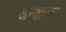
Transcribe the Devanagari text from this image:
अन्याचार